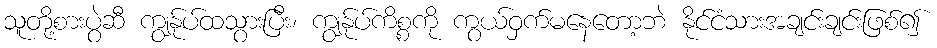
သူတို့စားပွဲဆီ ကျွန်ုပ်ထသွားပြီး၊ ကျွန်ုပ်ကိစ္စကို ကွယ်ဝှက်မနေတော့ဘဲ နိုင်ငံသားအချင်းချင်းဖြစ်၍